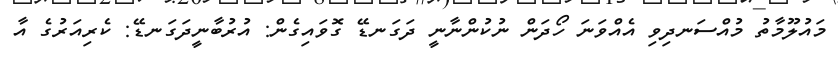
މައުލޫމާތު މުއްސަނދިވި އެއްވަނަ ހޯދަން ނުކުންނާނީ ދަގަނޑޭ ގޮވައިގެން: އުރުބާނީދަގަނޑޭ: ކެރިއަރުގެ އާ